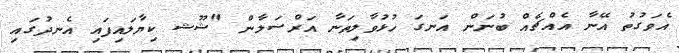
އެވަގުތު އޭނާ އެއްޗެއް ބުނަން އަނގަ ހުޅުވާލިތަނާ އަރްސަލާން "ޝޫޝ ކިޔާލައިފައި އެނދުގައި